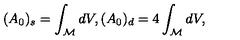
( A _ { 0 } ) _ { s } = \int _ { \cal M } d V , ( A _ { 0 } ) _ { d } = 4 \int _ { \cal M } d V ,